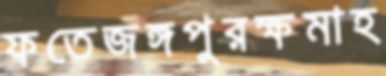
ফতেজঙ্গপুরক্ষমাহ